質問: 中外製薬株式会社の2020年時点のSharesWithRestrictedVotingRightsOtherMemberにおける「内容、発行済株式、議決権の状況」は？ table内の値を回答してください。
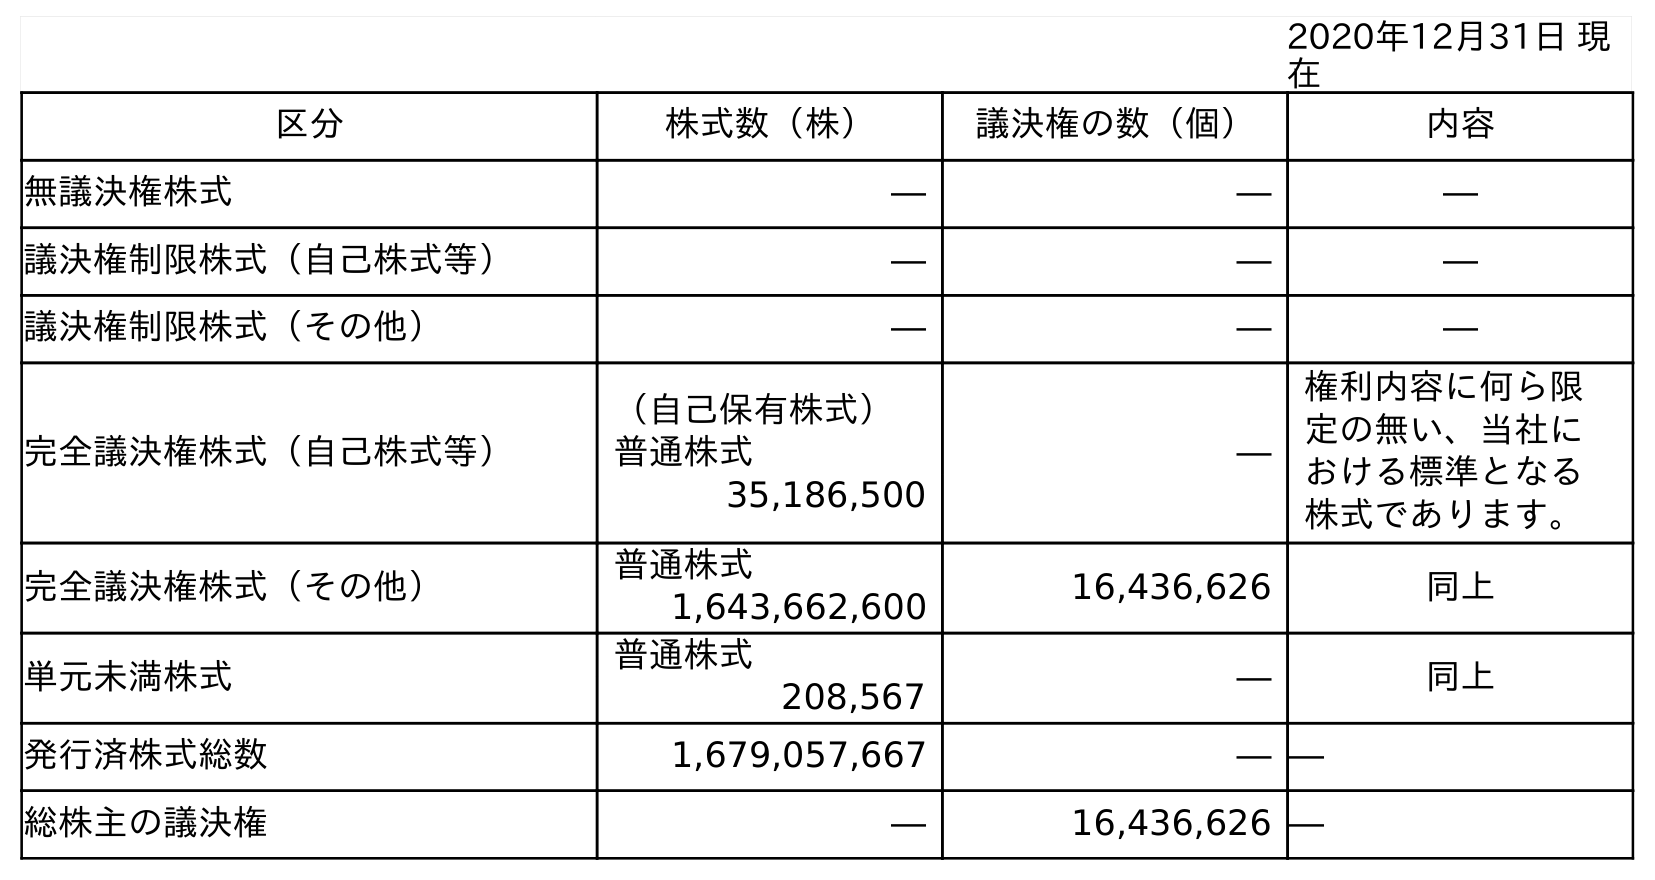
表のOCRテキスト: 2020年12月31日 現 在 区分 株式数（株） 議決権の数（個） 内容 無議決権株式 ― ― ― 議決権制限株式（自己株式等） ― ― ― 議決権制限株式（その他） ― ― ― 完全議決権株式（自己株式等） （自己保有株式） 普通株式 ― 権利内容に何ら限 定の無い、当社に おける標準となる 株式であります。 35,186,500 完全議決権株式（その他） 普通株式 16,436,626 同上 1,643,662,600 単元未満株式 普通株式 ― 同上 208,567 発行済株式総数 1,679,057,667 ― ― 総株主の議決権 ― 16,436,626 ―
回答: ―